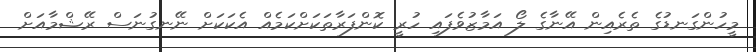
މީހުންގަނޑުގެ ތެރެއިން އޭނާގެ ލޯ އަމާޒުވެފައި ހުރީ ކޮންފަރާތަކަށްކަމެއް އެކަކަށް ނޭނގުނަސް ރޭޝްމާއަށް